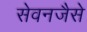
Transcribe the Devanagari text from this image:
सेवनजैसे